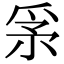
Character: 𤔍